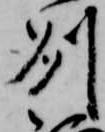
州